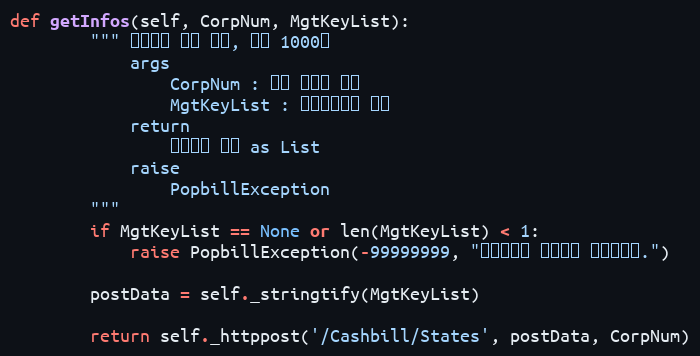
Language: Python
def getInfos(self, CorpNum, MgtKeyList):
        """ 상태정보 다량 확인, 최대 1000건
            args
                CorpNum : 회원 사업자 번호
                MgtKeyList : 문서관리번호 목록
            return
                상태정보 목록 as List
            raise
                PopbillException
        """
        if MgtKeyList == None or len(MgtKeyList) < 1:
            raise PopbillException(-99999999, "관리번호가 입력되지 않았습니다.")

        postData = self._stringtify(MgtKeyList)

        return self._httppost('/Cashbill/States', postData, CorpNum)